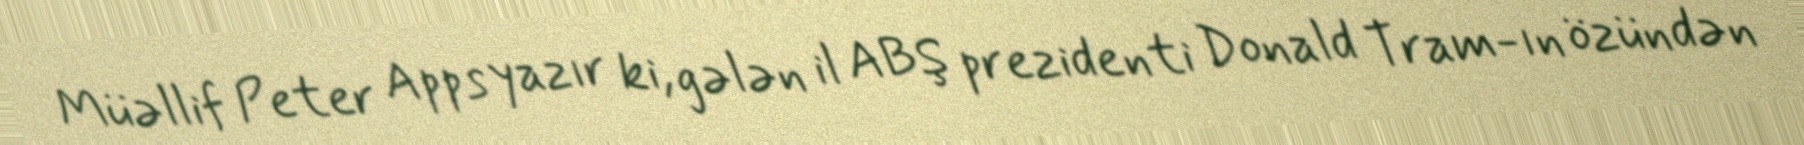
Müəllif Peter Apps yazır ki, gələn il ABŞ prezidenti Donald Tram-ın özündən